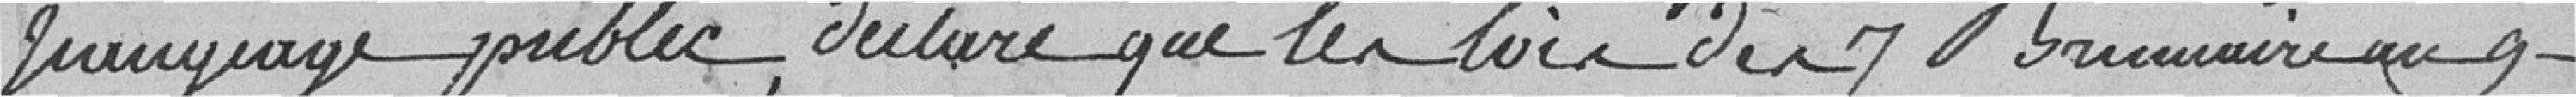
??? public, déclare que les lois des 7 brumaires au 9